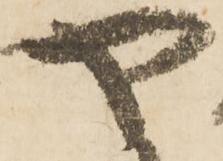
ヤ